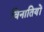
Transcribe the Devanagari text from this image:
विनातियों